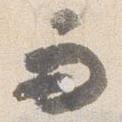
而